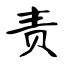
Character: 责